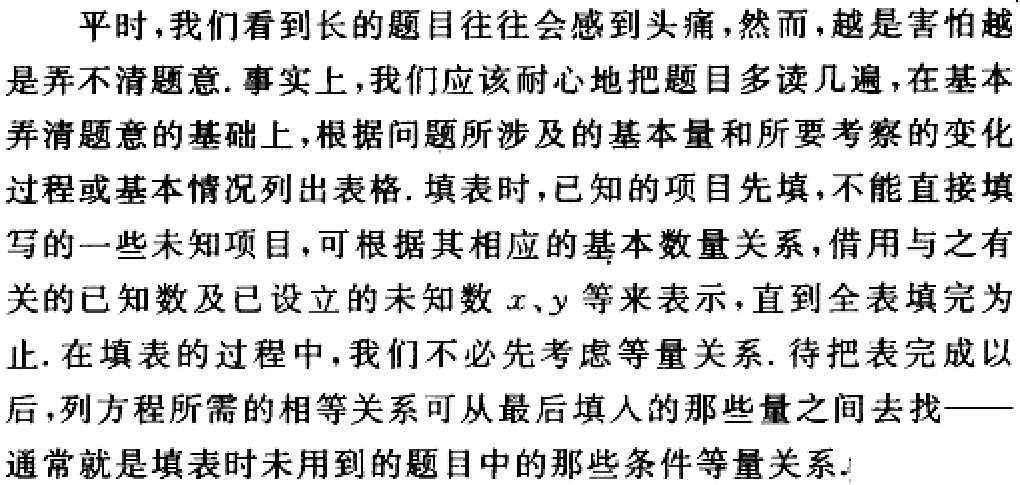
平时，我们看到长的题目往往会感到头痛，然而，越是害怕越是弄不清题意. 事实上，我们应该耐心地把题目多读几遍，在基本弄清题意的基础上，根据问题所涉及的基本量和所要考察的变化过程或基本情况列出表格. 填表时，已知的项目先填，不能直接填写的一些未知项目，可根据其相应的基本数量关系，借用与之有关的已知数及已设立的未知数\(x、y\)等来表示，直到全表填完为止. 在填表的过程中，我们不必先考虑等量关系. 待把表完成以后，列方程所需的相等关系可从最后填人的那些量之间去找——通常就是填表时未用到的题目中的那些条件等量关系.